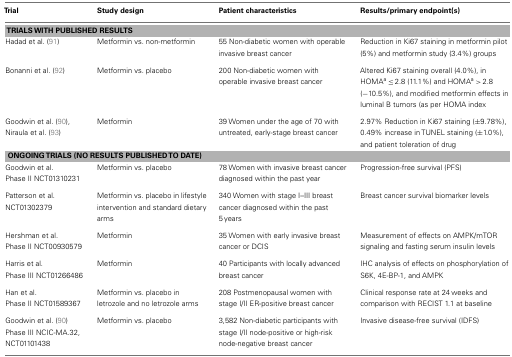
<table><thead><tr><td><b>Trial</b></td><td><b>Study design</b></td><td><b>Patient characteristics</b></td><td><b>Results/primary endpoint(s)</b></td></tr></thead><tbody><tr><td colspan="4"><b>TRIALS WITH PUBLISHED RESULTS</b></td></tr><tr><td>Hadad et al. (91)</td><td>Metformin vs. non-metformin</td><td>55 Non-diabetic women with operable invasive breast cancer</td><td>Reduction in Ki67 staining in metformin pilot (5%) and metformin study (3.4%) groups</td></tr><tr><td>Bonanni et al. (92)</td><td>Metformin vs. placebo</td><td>200 Non-diabetic women with operable invasive breast cancer</td><td>Altered Ki67 staining overall (4.0%), in HOMA<sup>a</sup> ≤ 2.8 (11.1%) and HOMA<sup>a</sup> &gt; 2.8 (−10.5%), and modified metformin effects in luminal B tumors (as per HOMA index</td></tr><tr><td>Goodwin et al. (90), Niraula et al. (93)</td><td>Metformin</td><td>39 Women under the age of 70 with untreated, early-stage breast cancer</td><td>2.97% Reduction in Ki67 staining (±9.78%), 0.49% increase in TUNEL staining (±1.0%), and patient toleration of drug</td></tr><tr><td colspan="4"><b>ONGOING TRIALS (NO RESULTS PUBLISHED TO DATE)</b></td></tr><tr><td>Goodwin et al. Phase II NCT01310231</td><td>Metformin vs. placebo</td><td>78 Women with invasive breast cancer diagnosed within the past year</td><td>Progression-free survival (PFS)</td></tr><tr><td>Patterson et al. NCT01302379</td><td>Metformin vs. placebo in lifestyle intervention and standard dietary arms</td><td>340 Women with stage I–III breast cancer diagnosed within the past 5 years</td><td>Breast cancer survival biomarker levels</td></tr><tr><td>Hershman et al. Phase II NCT00930579</td><td>Metformin</td><td>35 Women with early invasive breast cancer or DCIS</td><td>Measurement of effects on AMPK/mTOR signaling and fasting serum insulin levels</td></tr><tr><td>Harris et al. Phase III NCT01266486</td><td>Metformin</td><td>40 Participants with locally advanced breast cancer</td><td>IHC analysis of effects on phosphorylation of S6K, 4E-BP-1, and AMPK</td></tr><tr><td>Han et al. Phase II NCT01589367</td><td>Metformin vs. placebo in letrozole and no letrozole arms</td><td>208 Postmenopausal women with stage I/II ER-positive breast cancer</td><td>Clinical response rate at 24 weeks and comparison with RECIST 1.1 at baseline</td></tr><tr><td>Goodwin et al. (90) Phase III NCIC-MA.32, NCT01101438</td><td>Metformin vs. placebo</td><td>3,582 Non-diabetic participants with stage I/II node-positive or high-risk node-negative breast cancer</td><td>Invasive disease-free survival (IDFS)</td></tr></tbody></table>